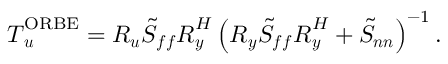
\boldsymbol { T } _ { \boldsymbol { u } } ^ { \mathrm { O R B E } } = \boldsymbol { R _ { u } } \boldsymbol { \tilde { S } _ { f f } } \boldsymbol { R } _ { \boldsymbol { y } } ^ { H } \left( \boldsymbol { R _ { y } } \boldsymbol { \tilde { S } _ { f f } } \boldsymbol { R } _ { \boldsymbol { y } } ^ { H } + \boldsymbol { \tilde { S } _ { n n } } \right) ^ { - 1 } .